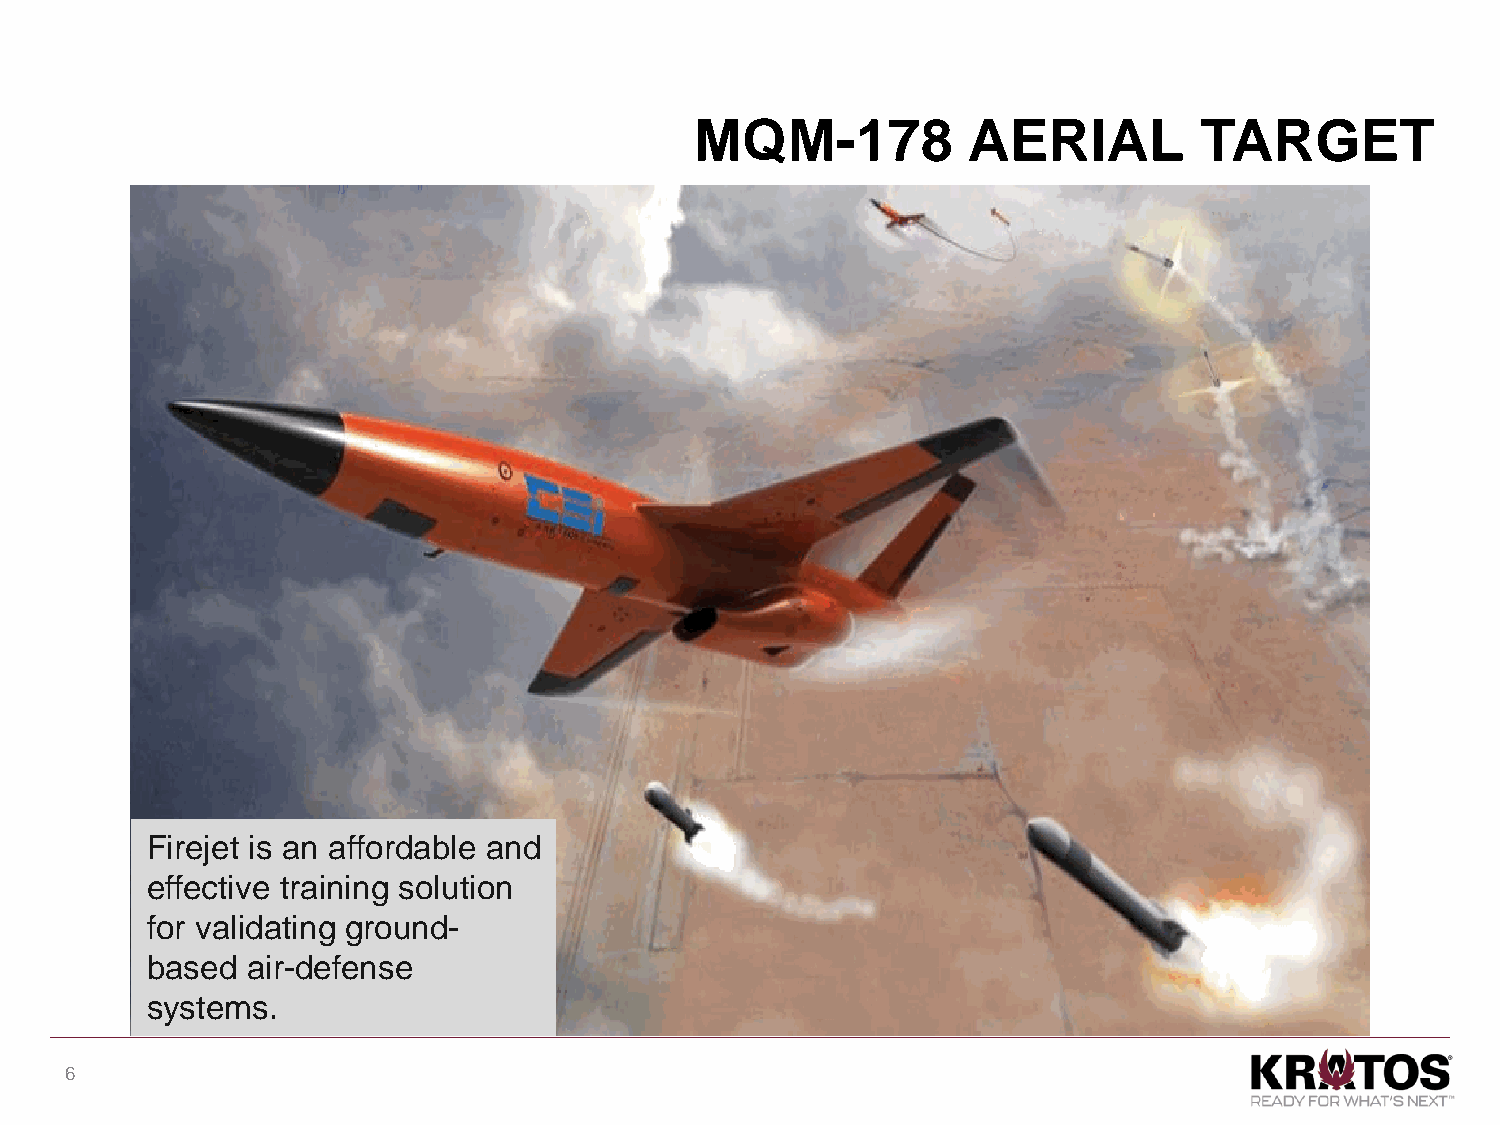
MQM-178           AERIAL         TARGET
 Firejet is an affordable and
 effective training solution
 for validating ground-
 based air-defense
 systems.
 6